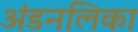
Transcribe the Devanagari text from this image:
अंडनलिका